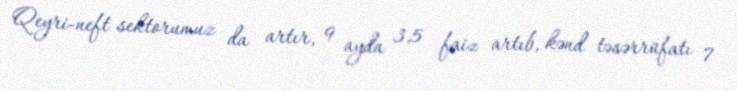
Qeyri-neft sektorumuz da artır, 9 ayda 3,5 faiz artıb, kənd təsərrüfatı 7